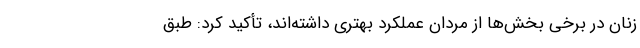
زنان در برخی بخش‌ها از مردان عملکرد بهتری داشته‌اند، تأکید کرد: طبق